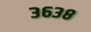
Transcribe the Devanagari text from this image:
३६३८